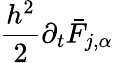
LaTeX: \frac{h^{2}}{2}\partial_{t}\bar{F}_{j,\alpha}